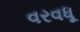
વરવધૂ